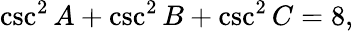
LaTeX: \csc^{2}A+\csc^{2}B+\csc^{2}C=8,